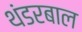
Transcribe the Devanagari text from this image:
थंडरबाल